Jaan_Tonisson_(Lasteleht), lk 331
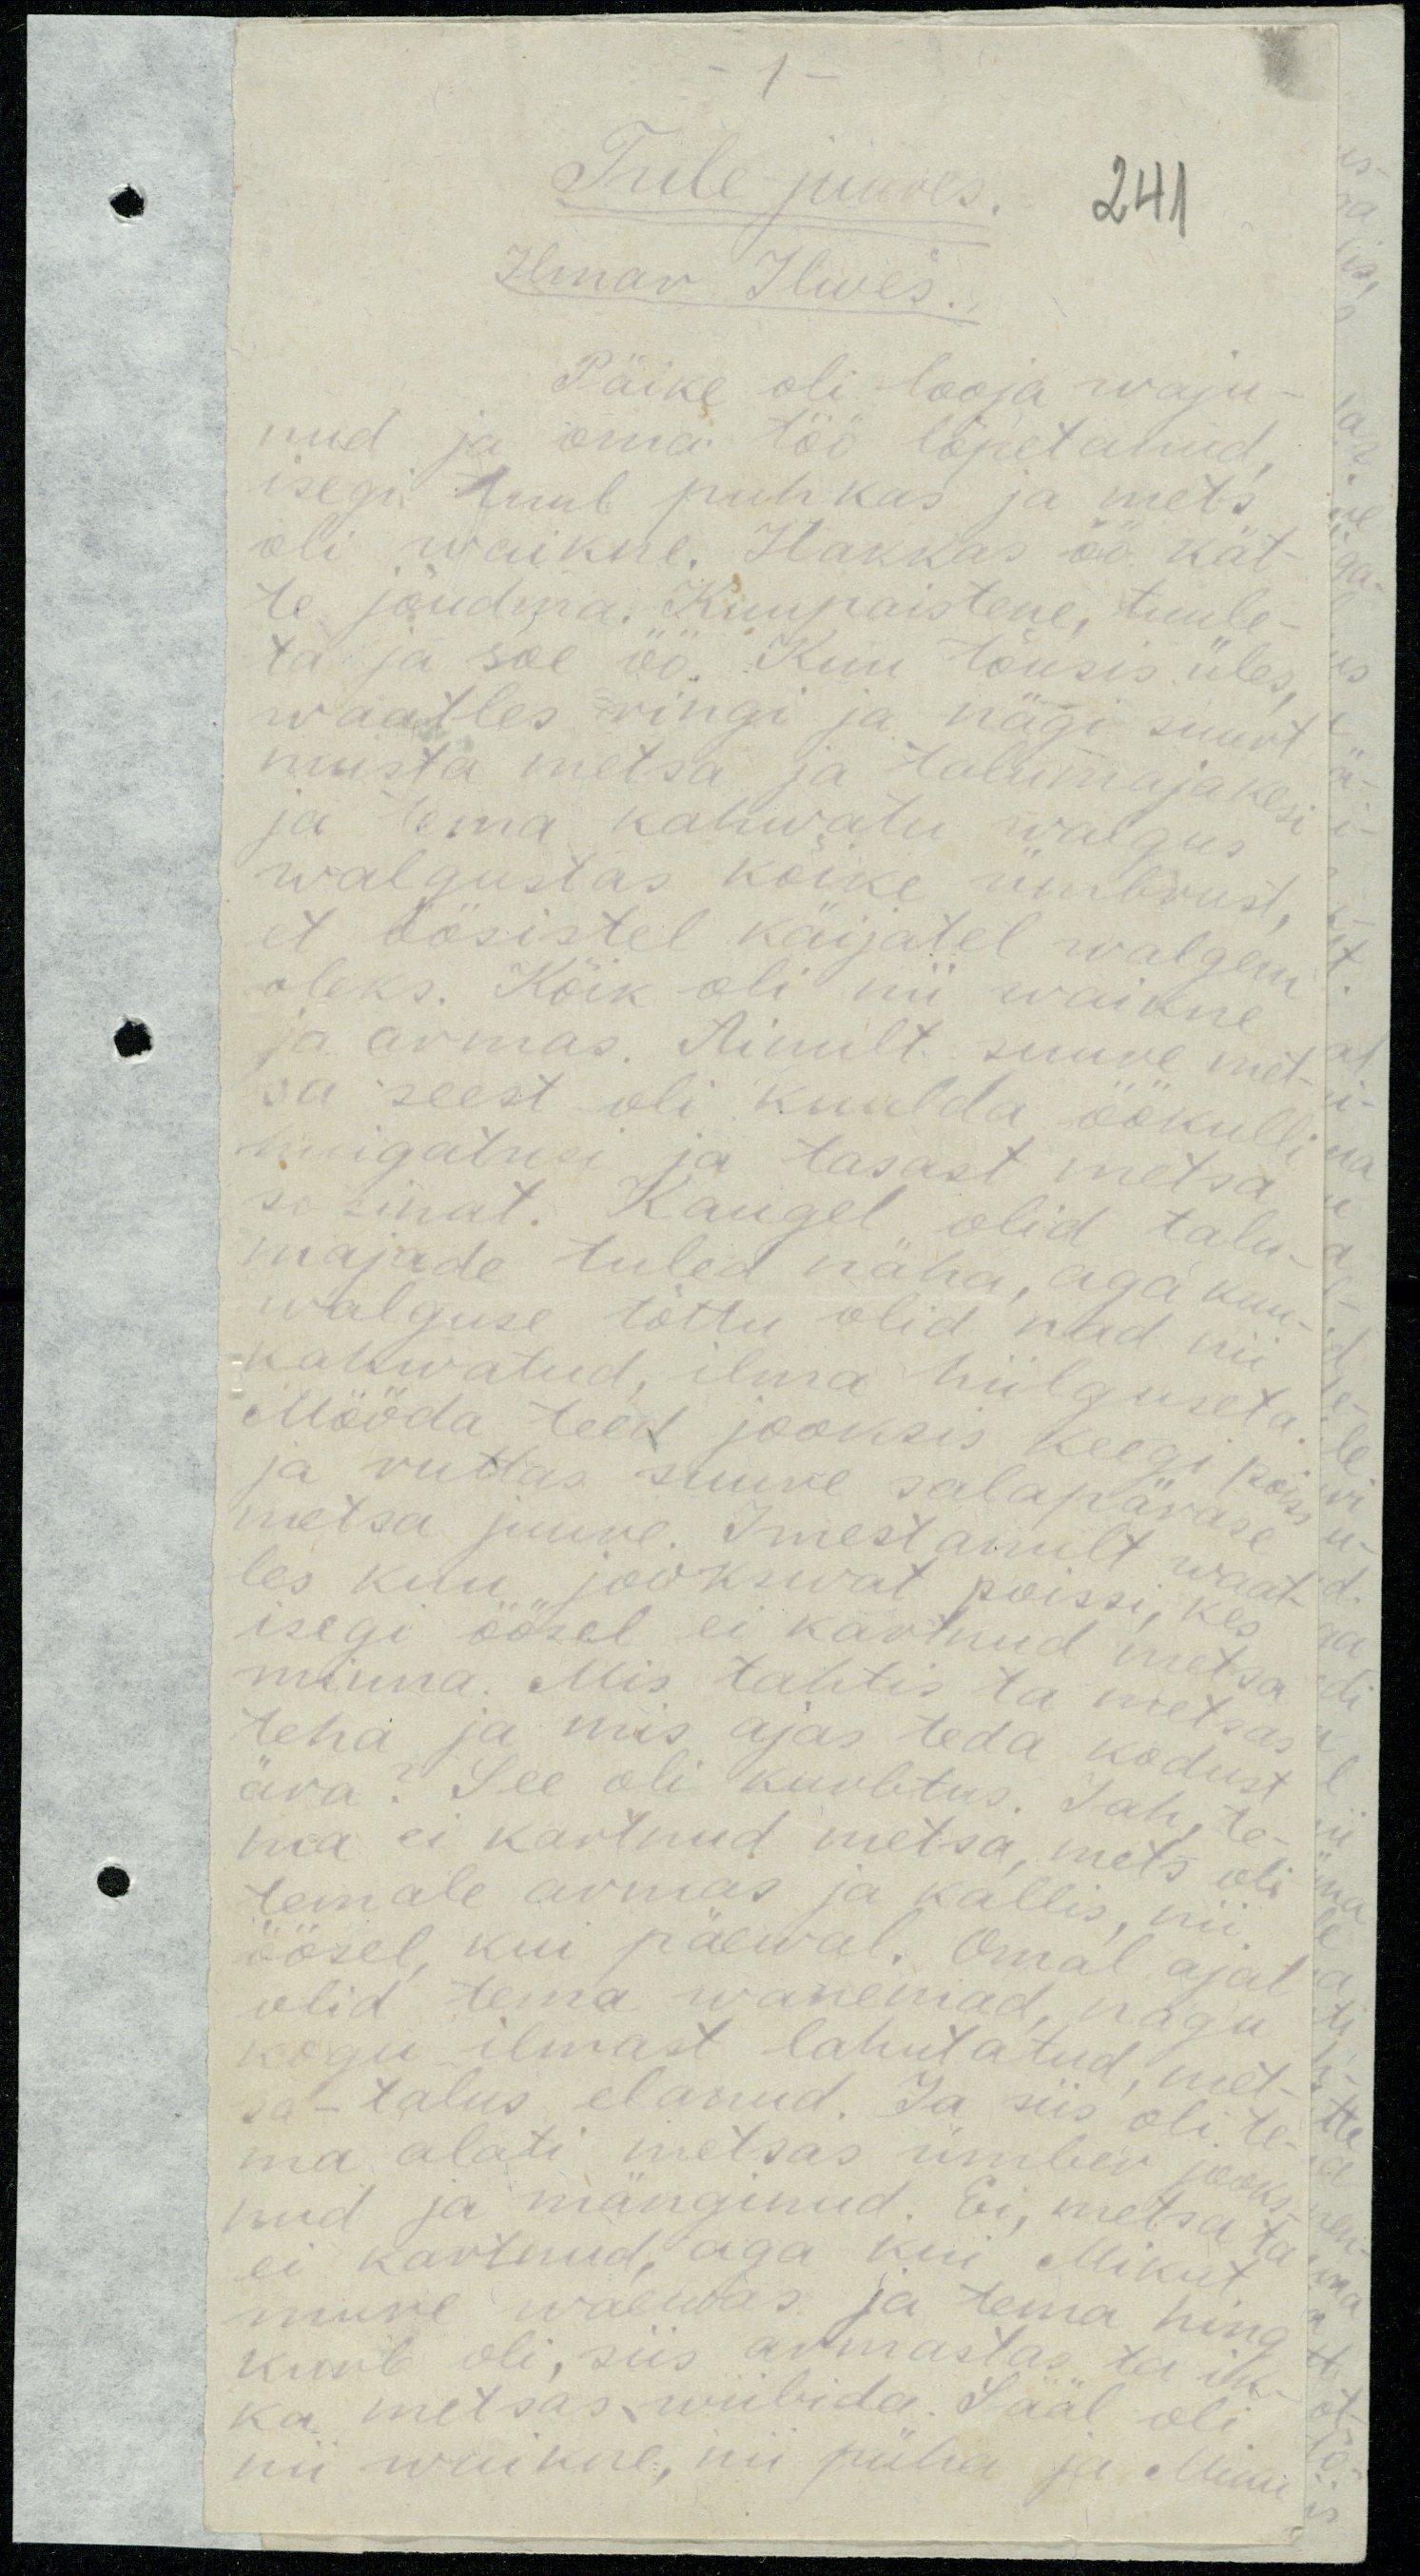
-1-
Tule juures.
241
Ilmar Ilwes.
Päike oli looja waju-
nud ja oma töö lõpetanud,
isegi tuul puhkas ja mets
oli waikne. Hakkas öö kät-
te jõudma. Kuupaistene, tuule-
ta ja soe öö. Kuu tõusis üles,
waatles ringi ja nägi suurt
musta metsa ja talumajakesi
ja tema kahwatu walgus
walgustas kõike ümbrust
et öösistel käijatel walgem
oleks. Kõik oli nii waikne
ja armas. Ainult suure met-
sa seest oli kuulda öökulli
huigatusi ja tasast metsa.
sahinat. Kaugel olid talu-
majade tuled näha, aga kuu-
walguse tõttu olid nad nii
kahwatud, ilma hiilguseta
Mööda teed jooksis keegi poiss
ja ruttas suure salapärase
metsa juure. Imestanult waat-
les kuu jookswat poissi, kes
isegi öösel ei kartnud metsi
minna. Mis tahtis ta metsas
teha ja mis ajas teda kodust
ära? See oli kurbtus. Jah, te
ma ei kartnud metsa, mets oli
temale armas ja kallis nii
öösel kui päewal. Omal ajal
olid tema wanemad, nagu
kogu ilmast lahutatud, met
sa-talus elanud. Ja siis oli te
ma alati metsas ümber jooks-
nud ja mänginud. Ei, metsa ta
ei kartnud, aga kui Mikut
mure waewas ja tema hing
kurb oli, siis armastas ta ik
ka metsas wiibida. Sääl oli
nii waikal, nii püha ja Miku